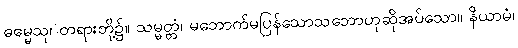
ဓမ္မေသု၊ တရားတို့၌။ သမ္မတ္တံ၊ မဘောက်မပြန်သောသဘောဟုဆိုအပ်သော။ နိယာမံ၊